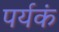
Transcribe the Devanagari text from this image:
पर्यकं